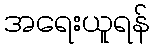
အရေးယူရန်